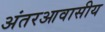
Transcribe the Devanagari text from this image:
अंतरआवासीय